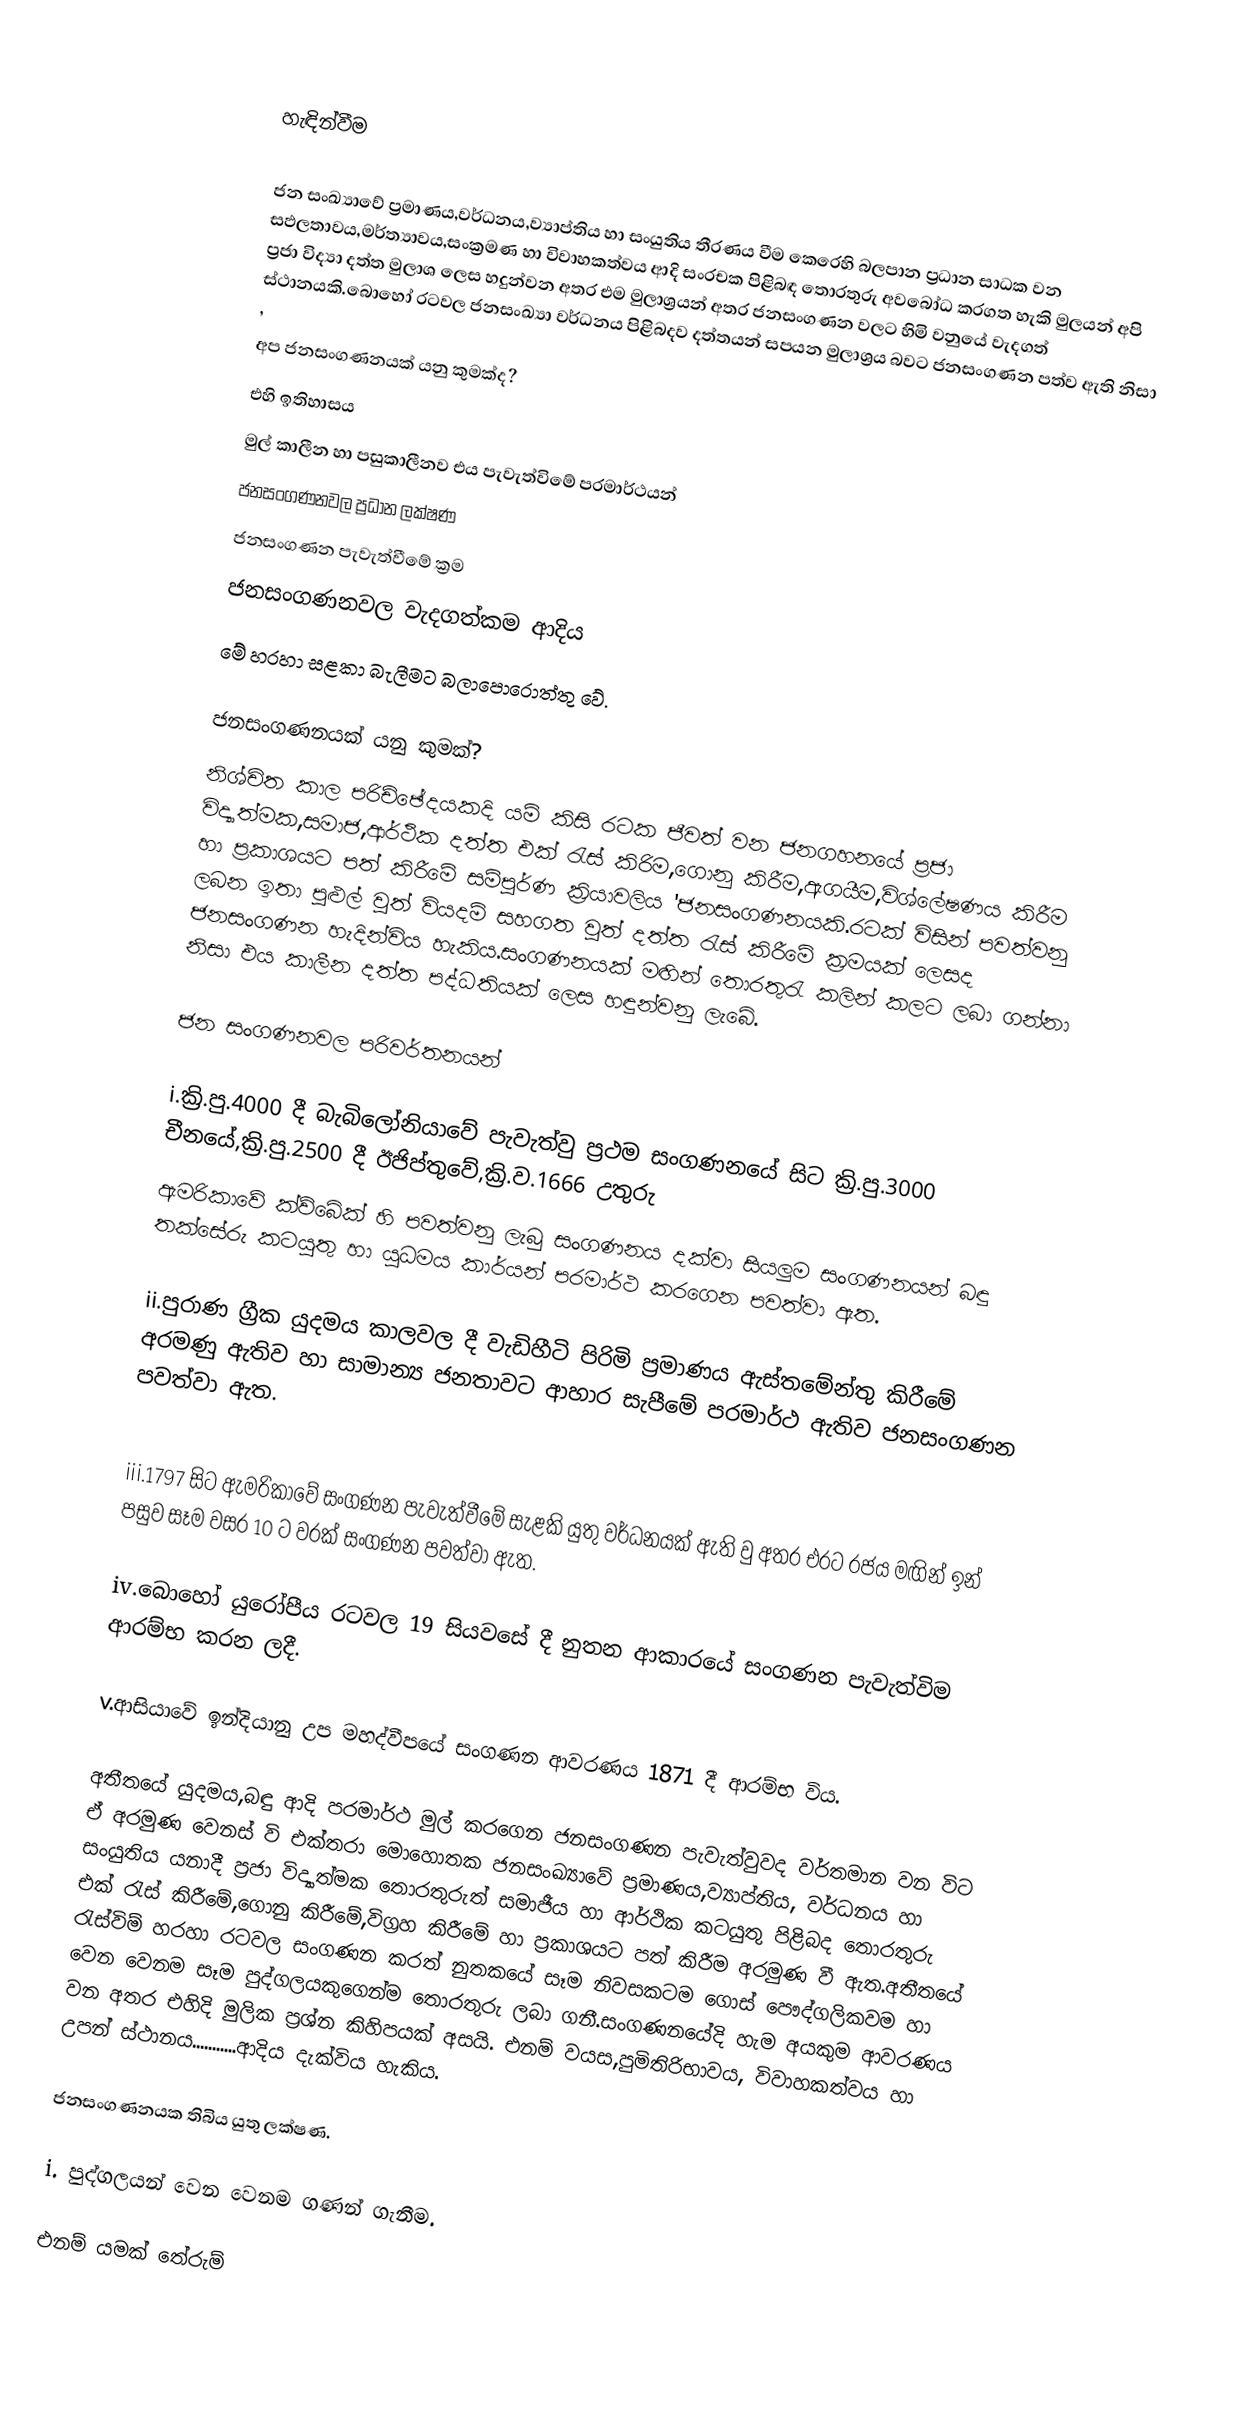

හැඳින්වීම

ජන සංඛ්‍යාවේ ප්‍රමාණය,වර්ධනය,ව්‍යාප්තිය හා සංයුතිය තීරණය වීම කෙරෙහි බලපාන ප්‍රධාන සාධක වන සඵලතාවය,මර්ත්‍යාවය,සංක්‍රමණ හා විවාහකත්වය ආදි සංරචක පිළිබඳ තොරතුරු අවබෝධ කරගත හැකි මුලයන් අපි ප්‍රජා විද්‍යා දත්ත මුලාශ ලෙස හදුන්වන අතර එම මුලාශ්‍රයන් අතර ජනසංගණන වලට හිමි වනුයේ වැදගත් ස්ථානයකි.බොහෝ රටවල ජනසංඛ්‍යා වර්ධනය පිළිබදව දත්තයන් සපයන මුලාශ්‍රය බවට ජනසංගණන පත්ව ඇති නිසා ,
අප ජනසංගණනයක් යනු කුමක්ද?
එහි ඉතිහාසය
මුල් කාලීන හා පසුකාලීනව එය පැවැත්විමේ පරමාර්ථයන්
ජනසංගණනවල ප්‍රධාන ලක්ෂණ
ජනසංගණන පැවැත්වීමේ ක්‍රම
ජනසංගණනවල වැදගත්කම ආදිය
මේ හරහා සළකා බැලීමට බලාපොරොත්තු වේ.

ජනසංගණනයක් යනු කුමක්?
නිශ්චිත කාල පරිච්ඡේදයකදි යම් කිසි රටක ජීවත් වන ජනගහනයේ ප්‍රජා විද්‍යාත්මක,සමාජ,ආර්ථික දත්ත එක් රැස් කිරිම,ගොනු කිරීම,ඇගයීම,විශ්ලේෂණය කිරීම හා ප්‍රකාශයට පත් කිරීමේ සම්පුර්ණ ක්‍රියාවලිය 'ජනසංගණනයකි.රටක් විසින්  පවත්වනු ලබන ඉතා පුළුල් වුත් වියදම් සහගත වුත් දත්ත රැස් කිරීමේ ක්‍රමයක් ලෙසද ජනසංගණන හැදින්විය හැකිය.සංගණනයක් මඟින් තොරතුරැ කලින් කලට ලබා ගන්නා නිසා එය කාලීන දත්ත පද්ධතියක් ලෙස හඳුන්වනු ලැබේ.

ජන සංගණනවල පරිවර්තනයන්

i.ක්‍රි.පු.4000 දී බැබිලෝනියාවේ පැවැත්වු ප්‍රථම සංගණනයේ සිට ක්‍රි.පු.3000 චීනයේ,ක්‍රි.පු.2500 දී ඊජිප්තුවේ,ක්‍රි.ව.1666 උතුරු
ඇමරිකාවේ ක්ව්බේක් හි පවත්වනු ලැබු සංගණනය දක්වා සියලුම සංගණනයන් බඳු තක්සේරු කටයුතු හා යුධමය කාර්යන් පරමාර්ථ කරගෙන           පවත්වා ඇත.

ii.පුරාණ ග්‍රීක යුදමය කාලවල දී වැඩිහීටි පිරිමි ප්‍රමාණය ඇස්තමේන්තු කිරීමේ අරමණු ඇතිව හා සාමාන්‍ය ජනතාවට ආහාර සැපීමේ පරමාර්ථ   ඇතිව ජනසංගණන  පවත්වා ඇත.

iii.1797 සිට ඇමරිකාවේ සංගණන පැවැත්වීමේ සැළකි යුතු වර්ධනයක් ඇති වු අතර එරට රජය මඟින් ඉන් පසුව සෑම වසර 10 ට වරක් සංගණන   පවත්වා ඇත.

iv.බොහෝ යුරෝපීය රටවල 19 සියවසේ දී නුතන ආකාරයේ සංගණන පැවැත්විම ආරම්භ කරන ලදී.

v.ආසියාවේ ඉන්දියානු උප මහද්වීපයේ සංගණන ආවරණය 1871 දී ආරම්භ විය.

අතීතයේ  යුදමය,බඳු ආදි පරමාර්ථ මුල් කරගෙන ජනසංගණන පැවැත්වුවද වර්තමාන වන විට ඒ අරමුණ වෙනස් වි එක්තරා මොහොතක ජනසංඛ්‍යාවේ ප්‍රමාණය,ව්‍යාප්තිය, වර්ධනය හා සංයුතිය යනාදී ප්‍රජා විද්‍යාත්මක තොරතුරුත් සමාජීය හා ආර්ථික කටයුතු පිළිබද තොරතුරු එක් රැස් කිරීමේ,ගොනු කිරීමේ,විග්‍රහ කිරීමේ හා ප්‍රකාශයට පත් කිරීම අරමුණ වී ඇත.අතීතයේ රැස්විම් හරහා රටවල සංගණන කරත් නුතකයේ සෑම නිවසකටම ගොස් පෞද්ගලිකවම හා වෙන වෙනම සෑම පුද්ගලයකුගෙන්ම තොරතුරු ලබා ගනී.සංගණනයේදි හැම අයකුම ආවරණය වන අතර එහිදි මුලික ප්‍රශ්න කිහිපයක් අසයි. එනම් වයස,පුමිතිරිභාවය, විවාහකත්වය හා උපන් ස්ථානය...........ආදිය දැක්විය හැකිය.

ජනසංගණනයක තිබිය යුතු ලක්ෂණ.

i. පුද්ගලයන් වෙන වෙනම ගණන් ගැනීම.

එනම් යමක් තේරුම්